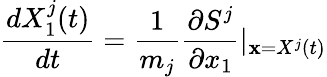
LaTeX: \frac{dX_{1}^{j}(t)}{dt}=\frac{1}{m_{j}}\frac{\partial S^{j}}{\partial x_{1}}\vert_{\textbf{x}=X^{j}(t)}